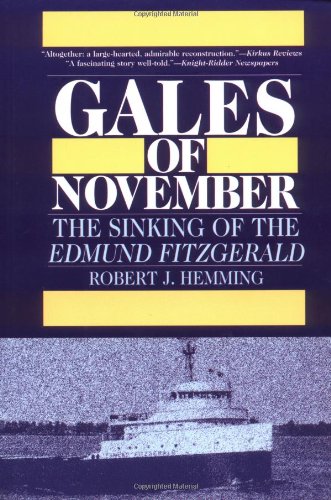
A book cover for Gales of November: The Sinking of the Edmund Fitzgerald; Robert J. Hemming; Science & Math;